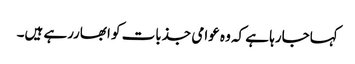
کہاجارہا ہے کہ وہ عوامی جذبات کو ابھاررہے ہیں۔